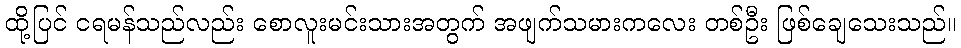
ထို့ပြင် ငရမန်သည်လည်း စောလူးမင်းသားအတွက် အဖျက်သမားကလေး တစ်ဦး ဖြစ်ချေသေးသည်။